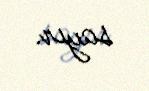
sayır.